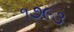
૧૭૯૩